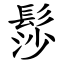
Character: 髿